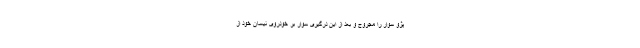
پژو سوار را مجروح و بعد از این درگیری سوار بر خودروی نیسان خود از